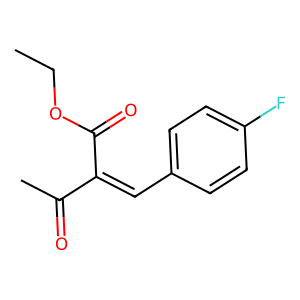
SMILES: CCOC(=O)C(=Cc1ccc(F)cc1)C(C)=O
Inhibits HIV replication: No